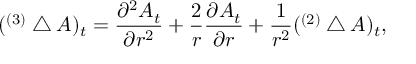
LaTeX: ( { } ^ { ( 3 ) } \bigtriangleup A ) _ { t } = { \frac { \partial ^ { 2 } A _ { t } } { \partial r ^ { 2 } } } + { \frac { 2 } { r } } { \frac { \partial A _ { t } } { \partial r } } + { \frac { 1 } { r ^ { 2 } } } ( { } ^ { ( 2 ) } \bigtriangleup A ) _ { t } ,